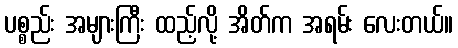
ပစ္စည်း အများကြီး ထည့်လို့ အိတ်က အရမ်း လေးတယ်။